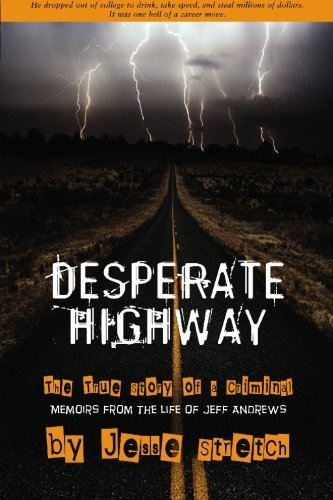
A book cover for Desperate Highway; Jesse Stretch; Biographies & Memoirs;